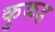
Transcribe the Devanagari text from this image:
कुकड